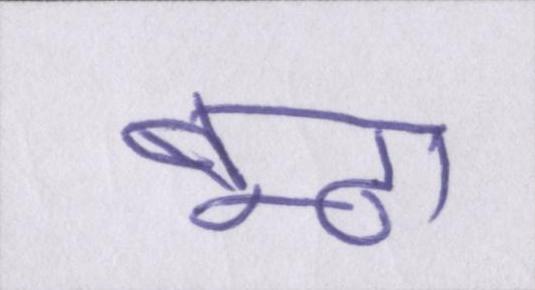
बूढ़ा